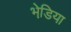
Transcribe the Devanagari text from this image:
भेडि़या